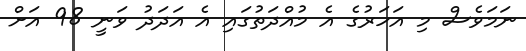
ނަމަވެސް މި އަހަރުގެ އެ މުއްދަތުގައި އެ އަދަދު ވަނީ 98 އަށް